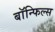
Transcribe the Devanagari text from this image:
बाॅन्फिल्स